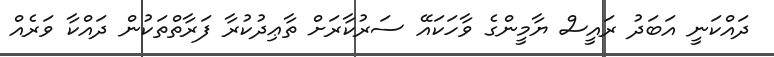
ދައްކަނީ އަބަދު ރައީސް ޔާމީންގެ ވާހަކައޭ ސަރުކާރަށް ތާޢިދުކުރާ ފަރާތްތަކުން ދައްކާ ވަރެއް